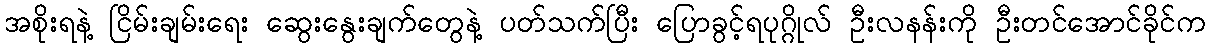
အစိုးရနဲ့ ငြိမ်းချမ်းရေး ဆွေးနွေးချက်တွေနဲ့ ပတ်သက်ပြီး ပြောခွင့်ရပုဂ္ဂိုလ် ဦးလနန်းကို ဦးတင်အောင်ခိုင်က